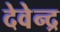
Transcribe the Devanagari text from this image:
देवेेन्द्र